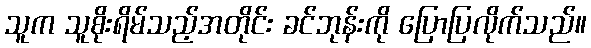
သူက သူစိုးရိမ်သည့်အတိုင်း ခင်ဘုန်းကို ပြောပြလိုက်သည်။